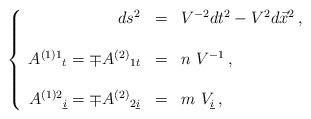
LaTeX: \begin{align*}\left\{\begin{array}{rcl}ds^{2} & = & V^{-2}dt^{2} -V^{2}d\vec{x}^{2}\, , \\& & \\A^{(1)1}{}_{t} = \mp A^{(2)}{}_{1t} & = & n\ V^{-1}\, ,\\& & \\A^{(1)2}{}_{\underline{i}} = \mp A^{(2)}{}_{2\underline{i}} & = &m\ V_{\underline{i}}\, ,\\\end{array}\right.\end{align*}